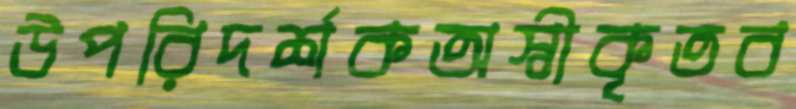
উপরিদর্শকঅস্বীকৃতব